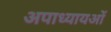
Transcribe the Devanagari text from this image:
अपाध्यायओं